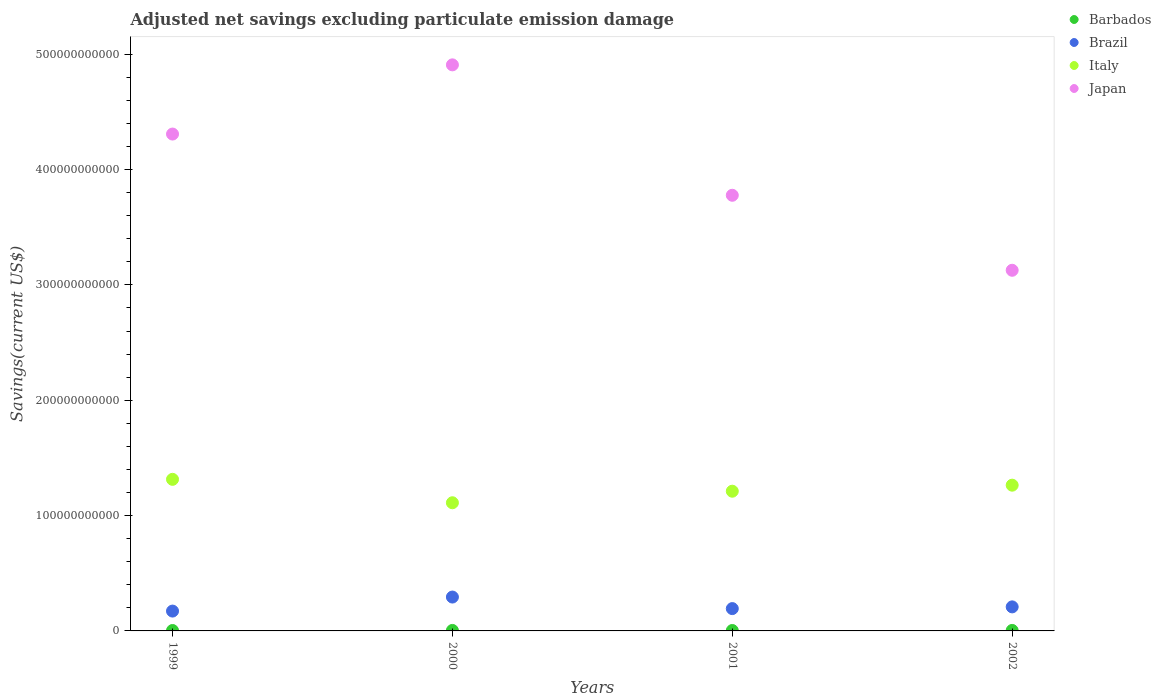
| Years | Barbados | Brazil | Italy | Japan |
 | --- | --- | --- | --- | --- |
 | 1999 | 3.65e+08 | 1.72e+10 | 1.31e+11 | 4.31e+11 |
 | 2000 | 4.27e+08 | 2.94e+10 | 1.11e+11 | 4.91e+11 |
 | 2001 | 3.61e+08 | 1.94e+10 | 1.21e+11 | 3.78e+11 |
 | 2002 | 4.23e+08 | 2.08e+10 | 1.26e+11 | 3.13e+11 |